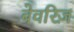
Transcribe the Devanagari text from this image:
बेवरिज़